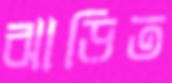
ঝাড়িত